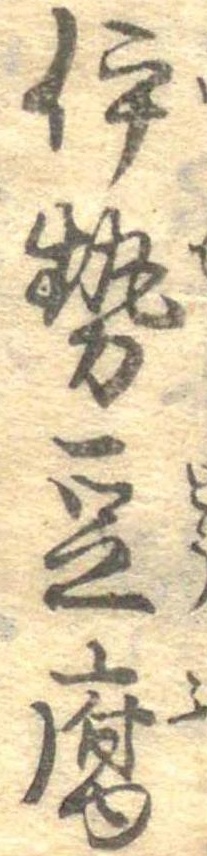
伊勢豆腐